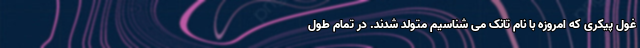
غول پیکری که امروزه با نام تانک می شناسیم متولد شدند. در تمام طول